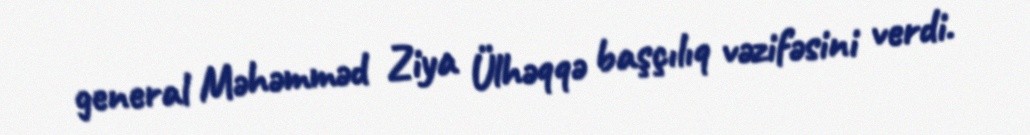
general Məhəmməd Ziya Ülhəqqə başçılıq vəzifəsini verdi.